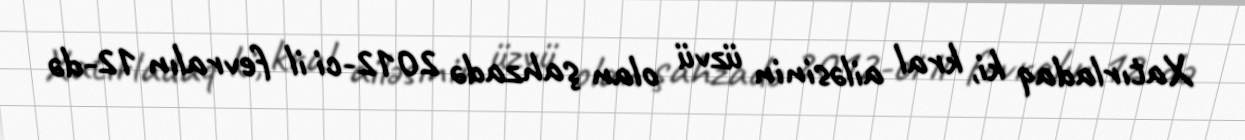
Xatırladaq ki, kral ailəsinin üzvü olan şahzadə 2012-ci il fevralın 12-də